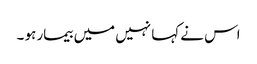
اس نے کہا نہیں میں بیمار ہو ۔